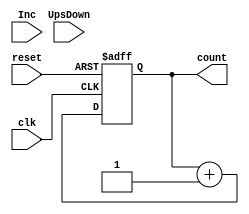
module bin_counter_nbits#(parameter n = 3)(input clk, reset, UpsDown, Inc, output reg [n-1:0]count);
always @(posedge clk, posedge reset) begin
 if (reset == 1)
 count <= 0; // non blocking assignment
 else
 count <= count + 1; // non blocking assignment
end
endmodule